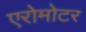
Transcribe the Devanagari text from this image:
एरोमोटर